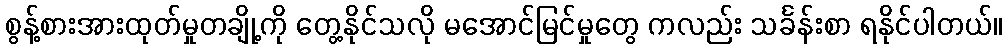
စွန့်စားအားထုတ်မှုတချို့ကို တွေ့နိုင်သလို မအောင်မြင်မှုတွေ ကလည်း သင်္ခန်းစာ ရနိုင်ပါတယ်။